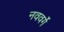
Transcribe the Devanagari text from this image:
नववर्गे